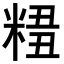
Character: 𥺣